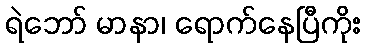
ရဲဘော် မာနာ၊ ရောက်နေပြီကိုး